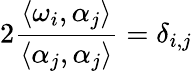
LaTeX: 2{\frac{\langle\omega_{i},\alpha_{j}\rangle}{\langle\alpha_{j},\alpha_{j}\rangle}}=\delta_{i,j}